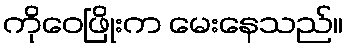
ကိုဝေဖြိုးက မေးနေသည်။